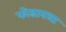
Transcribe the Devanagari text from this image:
फोडायला